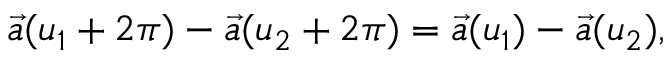
\vec { a } ( u _ { 1 } + 2 \pi ) - \vec { a } ( u _ { 2 } + 2 \pi ) = \vec { a } ( u _ { 1 } ) - \vec { a } ( u _ { 2 } ) ,